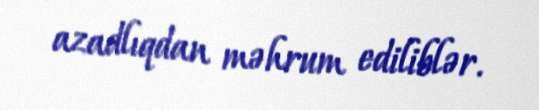
azadlıqdan məhrum ediliblər.